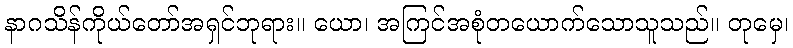
နာဂသိန်ကိုယ်တော်အရှင်ဘုရား။ ယော၊ အကြင်အစုံတယောက်သောသူသည်။ တုမှေ၊